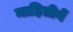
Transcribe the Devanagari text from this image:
माहितीनें